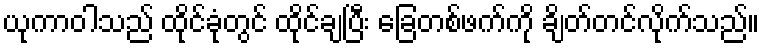
ယုကာဝါသည် ထိုင်ခုံတွင် ထိုင်ချပြီး ခြေတစ်ဖက်ကို ချိတ်တင်လိုက်သည်။